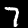
Label: 7